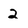
Character: 2